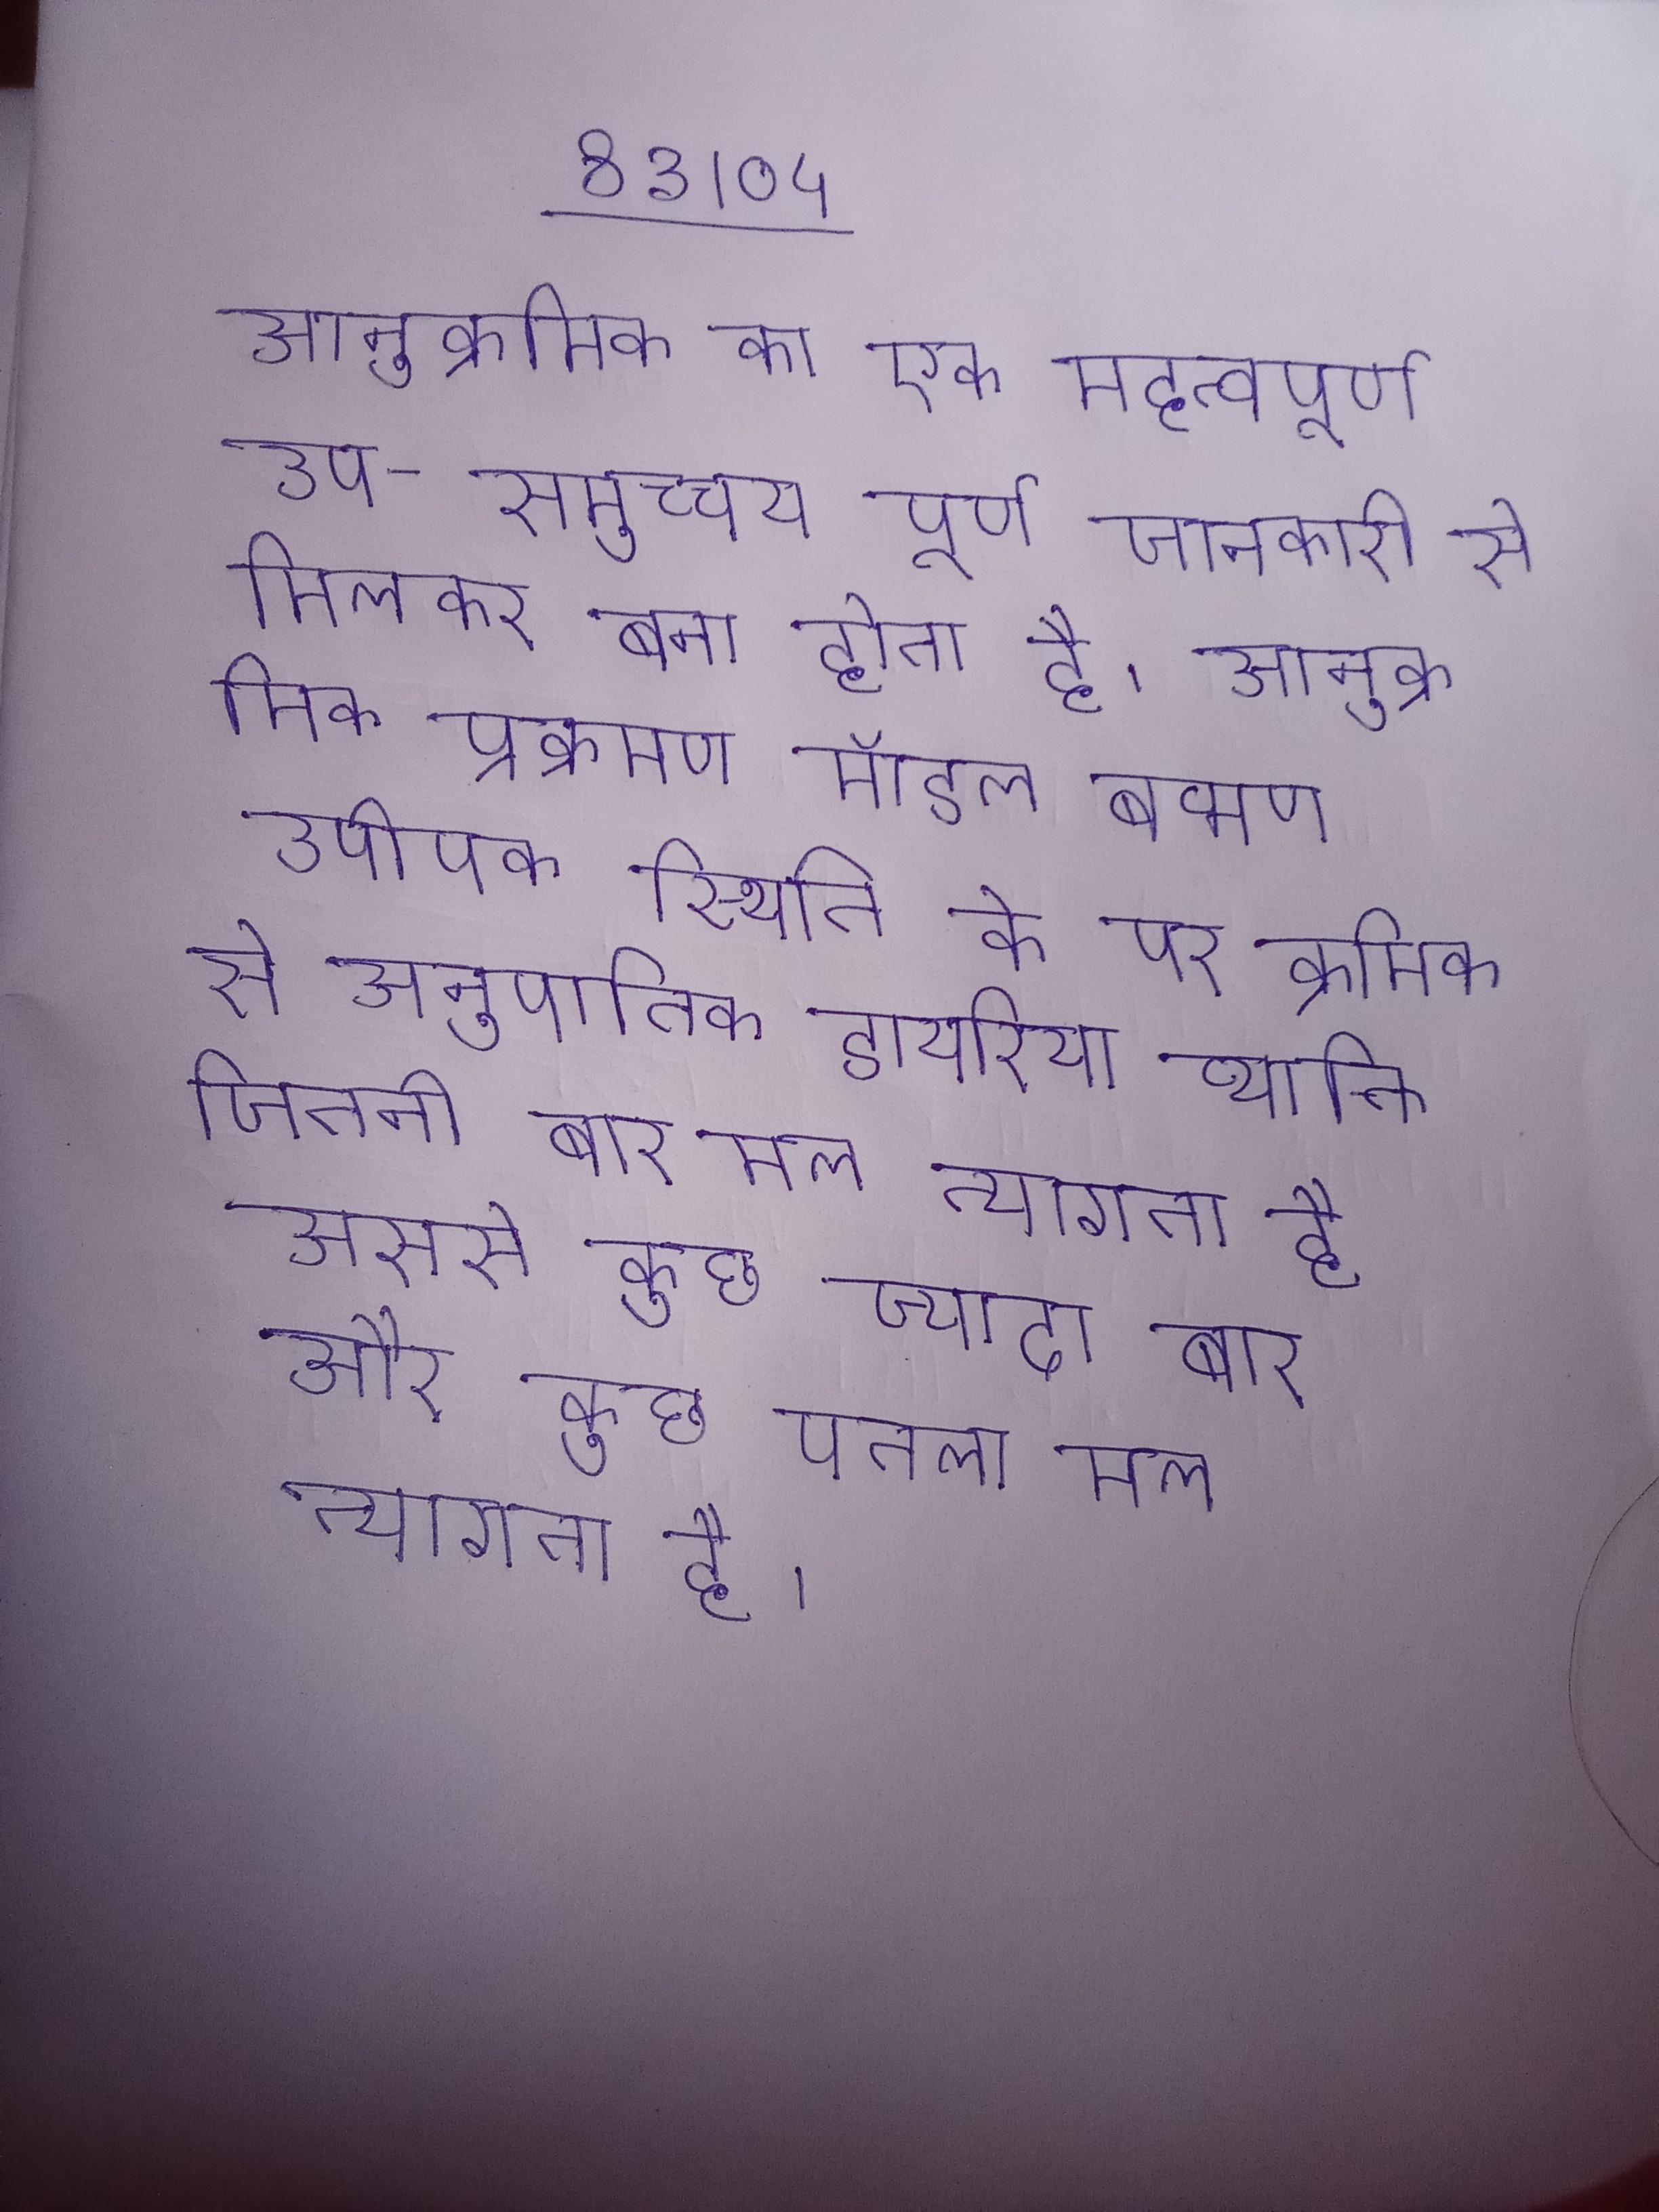
आनुक्रमिक का एक महत्वपूर्ण उप-समुच्चय पूर्ण जानकारी से मिलकर बना होता है । आनुक्रमिक प्रक्रमण मॉडल बव्मण उपीपक स्थिति के पर क्रमिक से अनुक्रिया की जाती है । आनुपातिक डायरिया व्यक्ति जितनी बार मल त्यागता है उससे कुछ ज्यादा बार और कुछ पतला मल त्यागता है ।